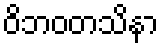
ဝိဘဝတသိနာ